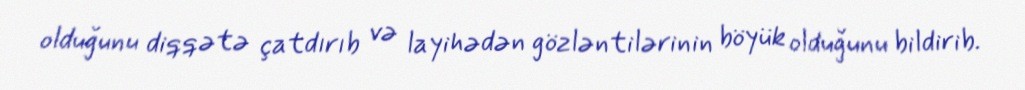
olduğunu diqqətə çatdırıb və layihədən gözləntilərinin böyük olduğunu bildirib.